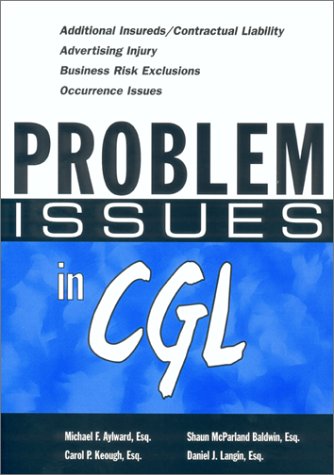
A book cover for Problem Issues in Cgl; Michael F. Aylward; Business & Money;